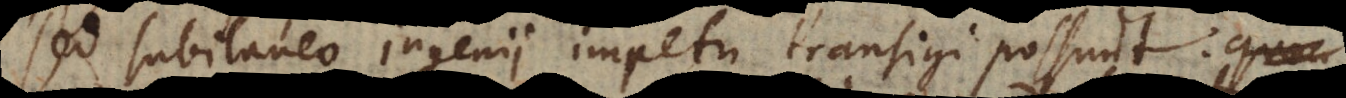
sed subitaneo ingenii impetu transigi possunt: qua